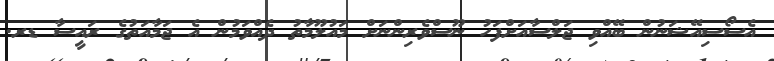
އެސޯސިއޭޝަނުން ބޭއްވި ޖަލްސާއަށްފަހު ނޫސްވެރިންނަށް މައުލޫމާތު ދެއްވަމުން އެ ޖަމާއަތުގެ ރައީސާ ޑރ.